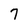
Character: 7